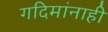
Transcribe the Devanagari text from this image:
गदिमांनाही